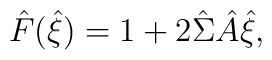
\hat{F}(\hat{\xi}) = 1+2\hat{\Sigma}\hat{A}\hat{\xi},